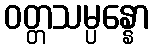
ဝတ္တသမ္ပန္နော